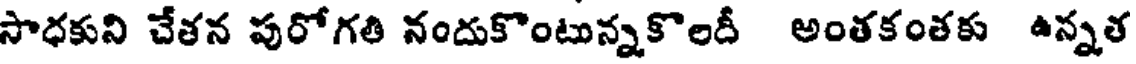
సాధకుని చేతన పురోగతి నందుకొంటున్నకొలదీ అంతకంతకు ఉన్నత